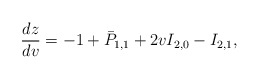
\begin{align*} \frac{dz}{dv}=-1+\bar{P}_{1,1}+2vI_{2,0}-I_{2,1},\end{align*}